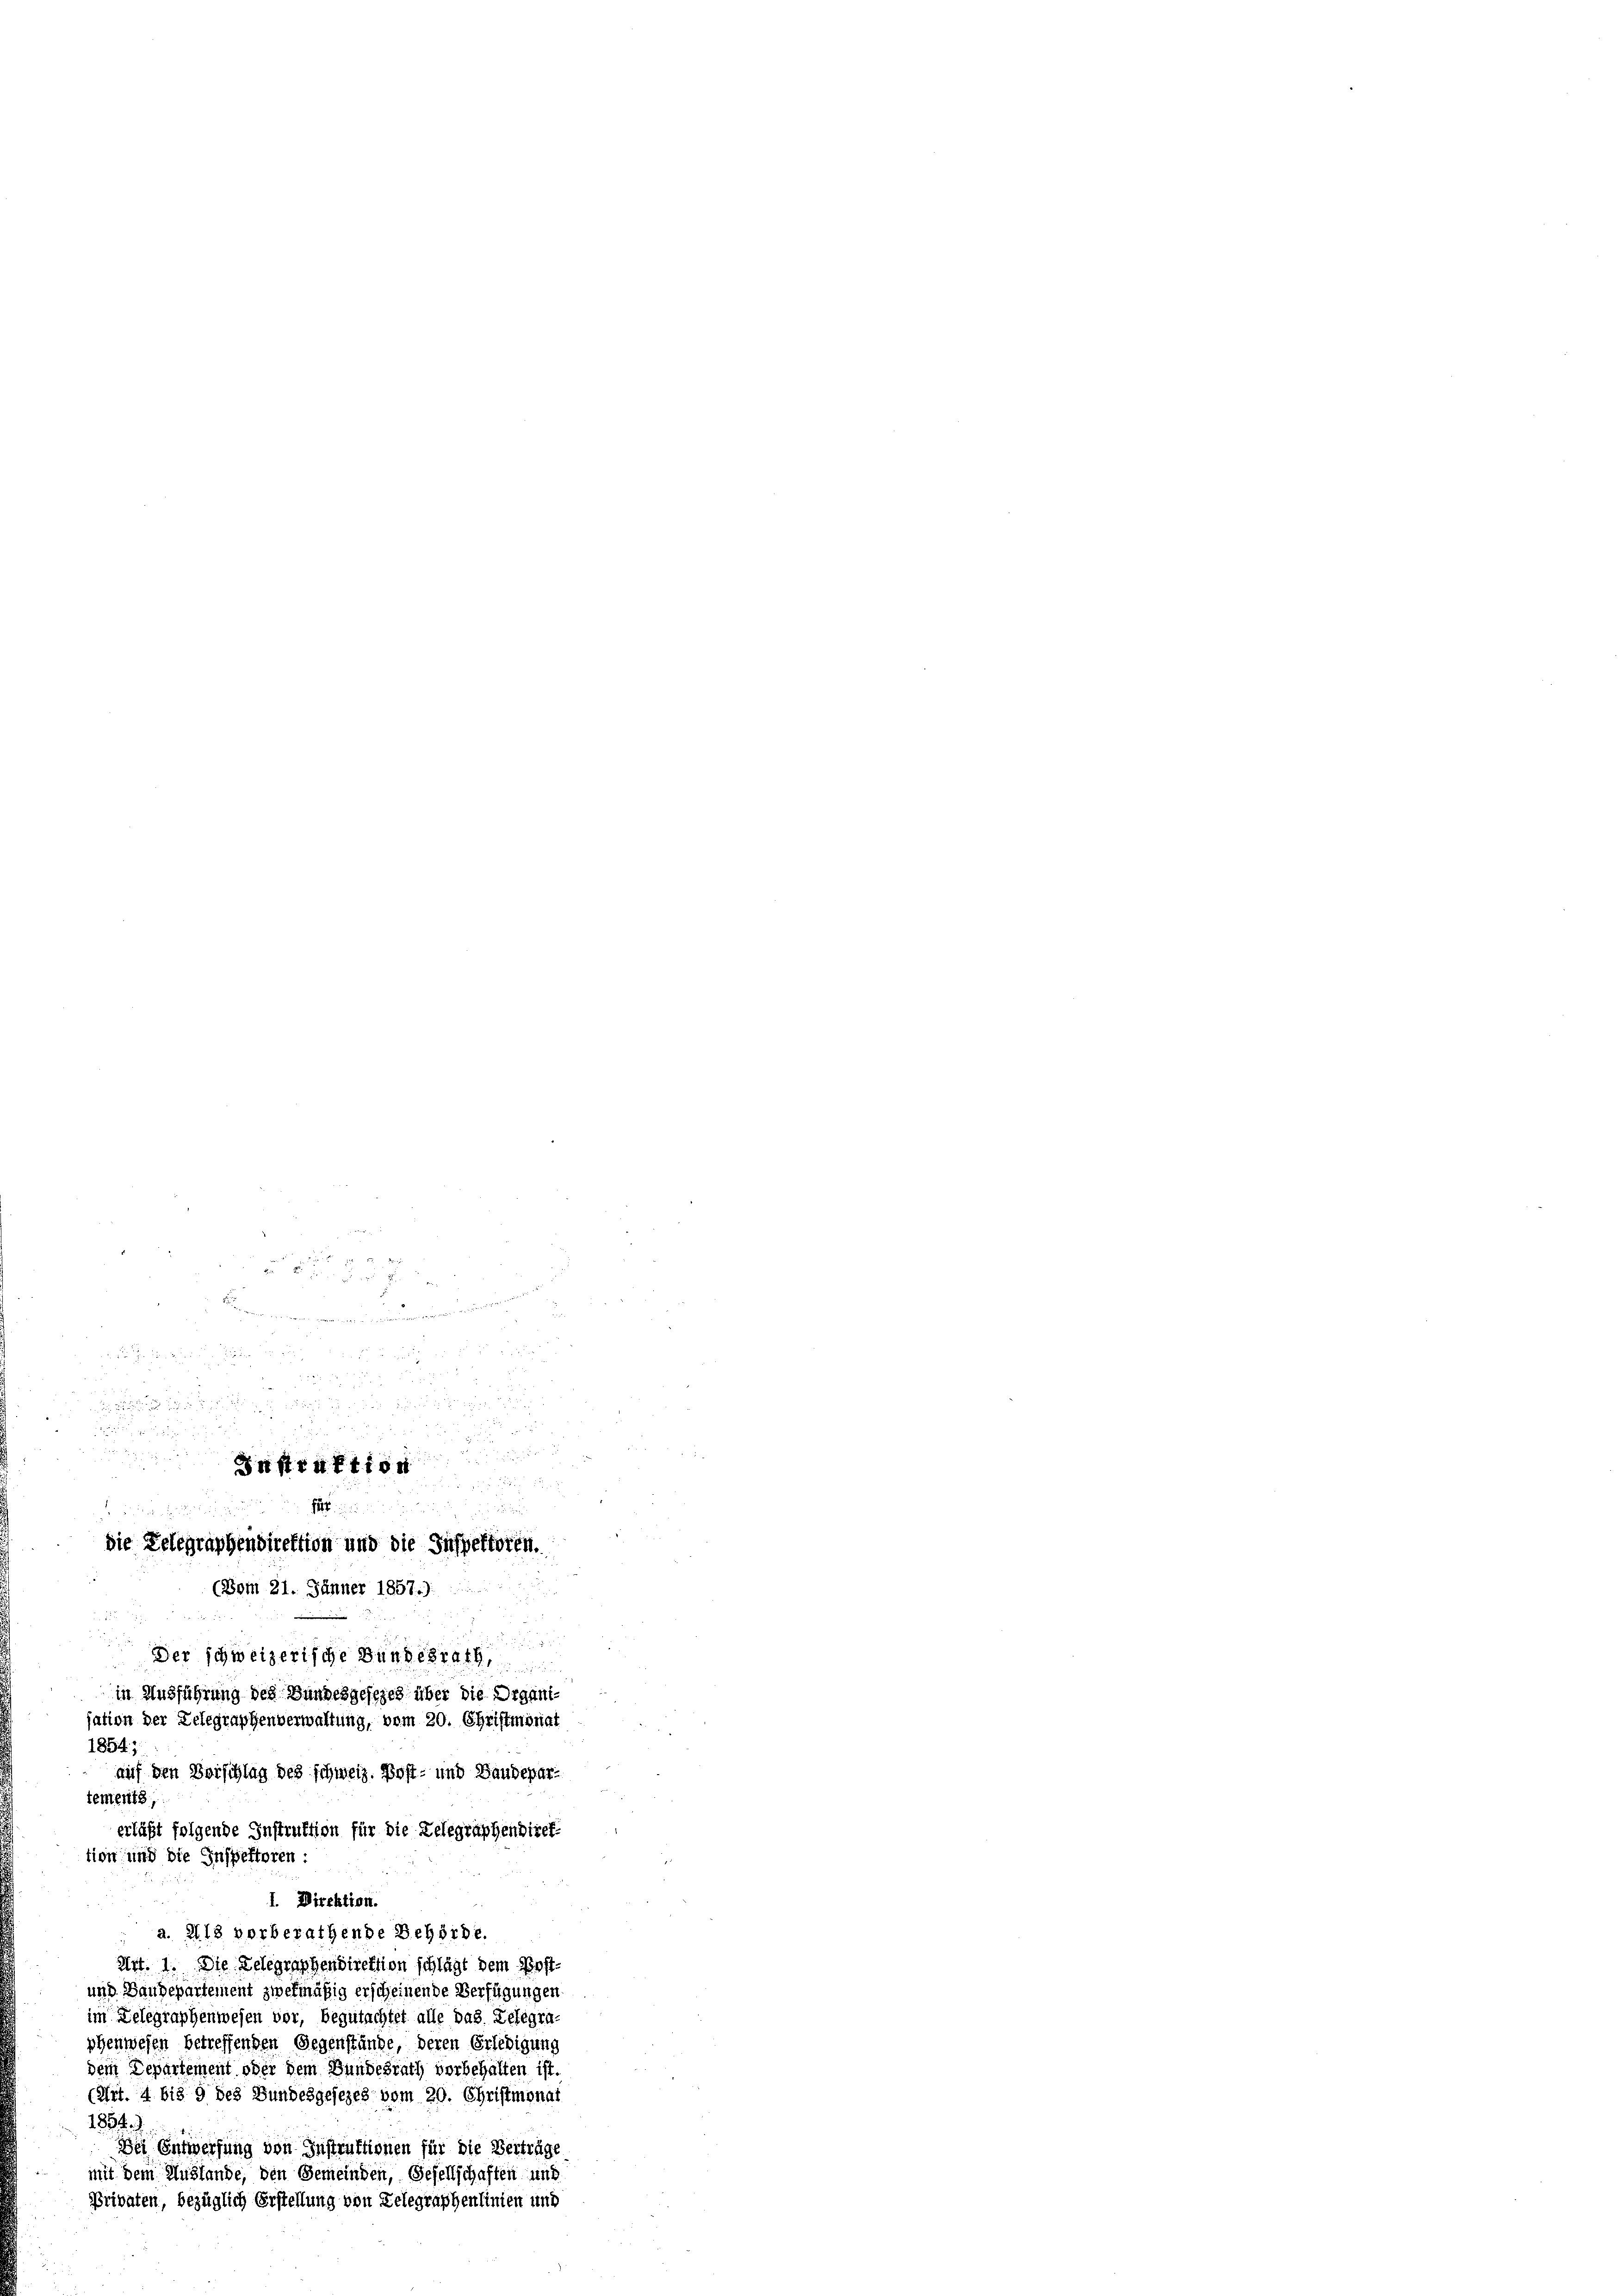
im Delegraphenwesen vor, begutachtet alle das Delegraphenwesen betreffenden Gegenstände, deren Erledigung
dem Departement oder dem Bundesrath vorbehalten ist.
(Art. 4 bis 9 des Bundesgesezes vom 20. Christmonat
1854.
e Entwerfung von Instruktionen für die Verträge
mit dem Austande, den Gemeinden, Gesellschaften i
Privaten, bezüglich Erstellung von Delegraphenlinien is

Seiter
u
252. 55
 185

e

Just 14 f 15

die Telegraphendirektion und die Inspektoren.
(Vom 21. Jänner 1857.)
u
s
Der schweizerische Bundesrath
3
in Ausführung des Bundesgesezes über die Organi-
sation der Delegraphenverwaltung, vom 20. Christmonat
1854;
auf den Vorschlag des schweiz. Post- und Baudepartements,
erläßt folgende Instruction für die Relegraphendirek
tion und die Inspektoren:
I. Direktion.
a. I. 18 vorberathende Behörde.
Art. 1. Die Delegraphendirektion schlägt dem Post-
und Baudepartement zwekmäßig erscheinende Verfügungen.

u

senden seien der den in

Sie wenn von einer nun einen überwiegen

5